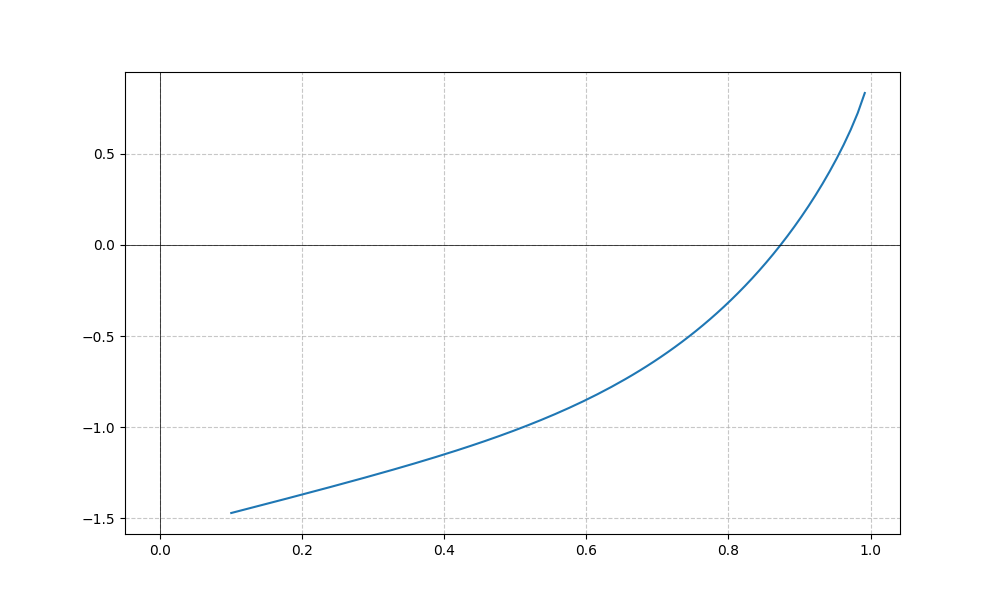
LaTeX formula: x^{5} - \operatorname{acos}{\left(x \right)}